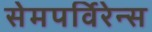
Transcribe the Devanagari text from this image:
सेमपर्विरेन्स